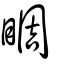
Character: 睭